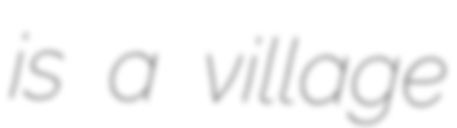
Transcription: is a village